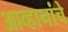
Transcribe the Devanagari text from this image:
आव्हानांचे